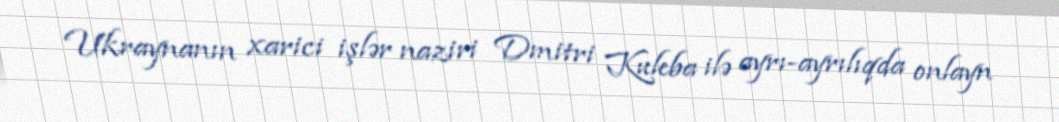
Ukraynanın xarici işlər naziri Dmitri Kuleba ilə ayrı-ayrılıqda onlayn